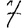
Digit: 7